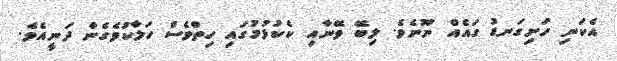
އެކަނި ހަށިގަނޑު ގައެއް ނޫނެވެ. ލިބޭ ވޭނާއި ކެކުޅުމުގައި ހިތްވެސް ހަލާކުވެގެން ދަނީއެވެ.